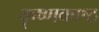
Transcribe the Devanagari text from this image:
कृष्णकाष्ठ